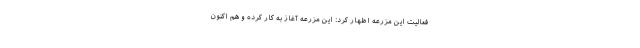
فعالیت این مزرعه اظهار کرد: این مزرعه آغاز به کار کرده و هم اکنون